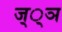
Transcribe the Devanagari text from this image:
ज््ञ